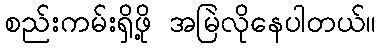
စည်းကမ်းရှိဖို့ အမြဲလိုနေပါတယ်။